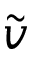
\tilde { v }